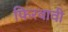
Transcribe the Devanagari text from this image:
फिरवावी